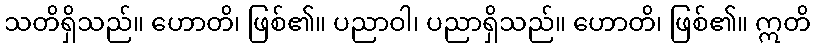
သတိရှိသည်။ ဟောတိ၊ ဖြစ်၏။ ပညာဝါ၊ ပညာရှိသည်။ ဟောတိ၊ ဖြစ်၏။ ဣတိ